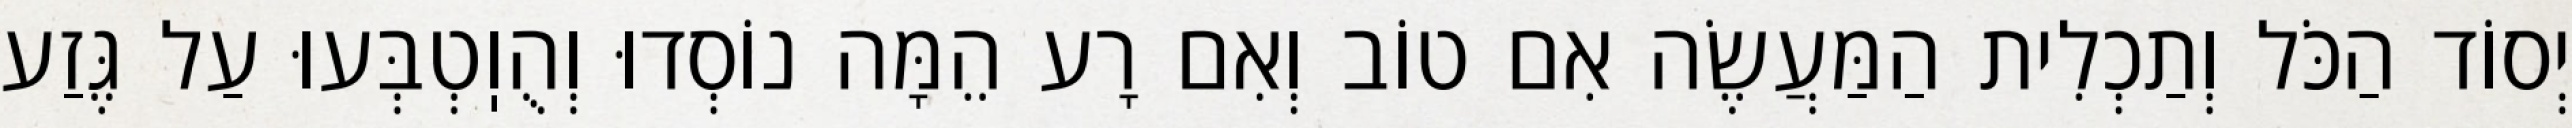
יְסוֹד הַכֹּל וְתַכְלִית הַמַּעֲשֶׂה אִם טוֹב וְאִם רָע הֵמָּה נוֹסְדוּ וְהֻוֽטְבְּעוּ עַל גֶּזַע